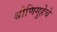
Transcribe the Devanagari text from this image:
श्रोणिगुहेचे